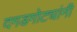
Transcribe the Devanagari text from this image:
दगडगोट्यांनी